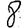
Digit: 8